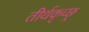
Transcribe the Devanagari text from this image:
तीर्थकृच्छ्र